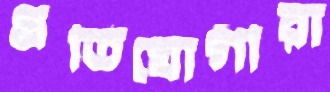
প্রতিযোগীরা